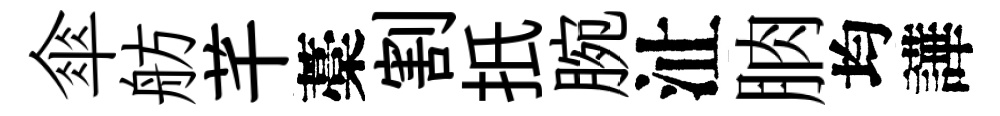
傘舫芊藁割扺腕沚朒均譁